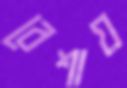
বেশায়